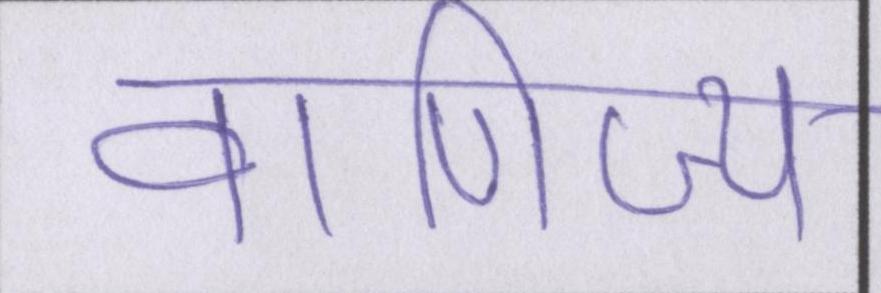
वाणिज्य